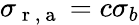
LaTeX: \sigma_{\mathrm{~r~,~a~}}=c\sigma_{b}